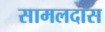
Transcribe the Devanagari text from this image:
सामलदास